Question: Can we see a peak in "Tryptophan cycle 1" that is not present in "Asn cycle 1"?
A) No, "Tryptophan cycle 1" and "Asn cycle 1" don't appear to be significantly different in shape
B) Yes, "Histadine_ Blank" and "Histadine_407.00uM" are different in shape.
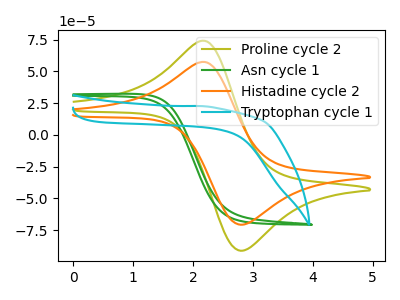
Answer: <think>The olive curve "Proline cycle 2" has an anodic peak at (2.20V, 73.95uA) and a cathodic peak at (2.80V, -91.10uA). The green curve "Asn cycle 1" has no peaks. The orange curve "Histadine cycle 2" has an anodic peak at (2.20V, 57.35uA) and a cathodic peak at (2.80V, -70.65uA). The cyan curve "Tryptophan cycle 1" has no peaks.
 Neither "Tryptophan cycle 1" or "Asn cycle 1" have any peaks.</think>
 <answer>A) No, "Tryptophan cycle 1" and "Asn cycle 1" don't appear to be significantly different in shape</answer>
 <eval>A</eval>